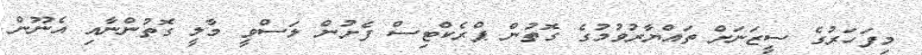
މިފަހަރުގެ ސީޒަނަށް ތައްޔާރުވުމުގެ ގޮތުން ޕްރެކްޓިސް ފެށުން ލަސްވީ މާލީ ގޮތުންނާއި އެނޫން